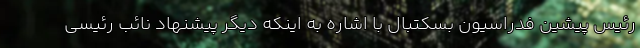
رئیس پیشین فدراسیون بسکتبال با اشاره به اینکه دیگر پیشنهاد نائب رئیسی